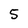
Character: 5